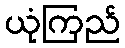
ယုံကြည်